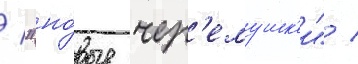
/ "но́вые чер'емушк'и" /